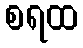
စရထ